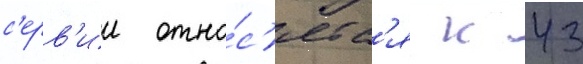
с'ерв'ии отно́с'ятс'я к 43